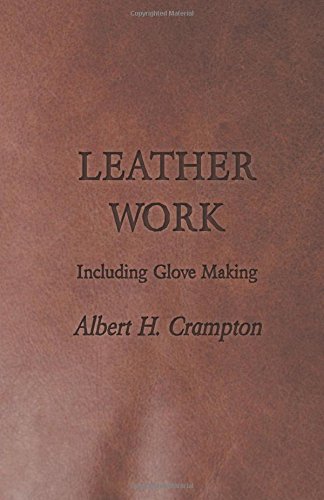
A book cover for Leather Work - Including Glove Making; Albert H. Crampton; Crafts, Hobbies & Home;